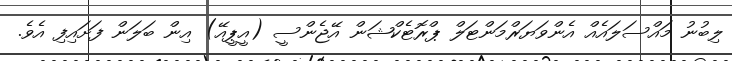
ލިބުނު މައްސަލައެއް އެންވަޔަރްމަންޓަލް ޕްރޮޓެކްޝަން އޭޖެންސީ (އީޕީއޭ) އިން ބަލަން ފަށައިފި އެވެ.